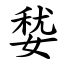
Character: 㛷